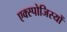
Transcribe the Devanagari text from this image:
एक्स्पोजिस्यों